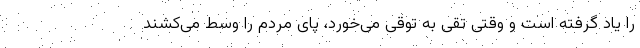
را یاد گرفته است و وقتی تقی به توقی می‌خورد، پای مردم را وسط می‌کشند